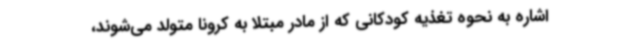
اشاره به نحوه تغذیه کودکانی که از مادر مبتلا به کرونا متولد می‌شوند،